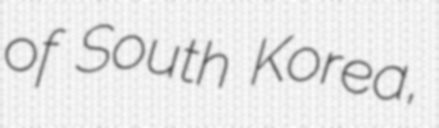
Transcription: of South Korea,